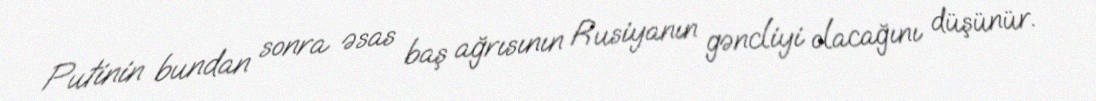
Putinin bundan sonra əsas baş ağrısının Rusiyanın gəncliyi olacağını düşünür.